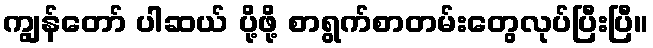
ကျွန်တော် ပါဆယ် ပို့ဖို့ စာရွက်စာတမ်းတွေလုပ်ပြီးပြီ။